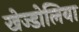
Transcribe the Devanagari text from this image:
खेज्डोलिया